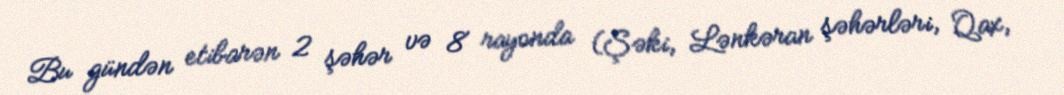
Bu gündən etibarən 2 şəhər və 8 rayonda (Şəki, Lənkəran şəhərləri, Qax,